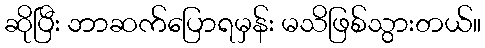
ဆိုပြီး ဘာဆက်ပြောရမှန်း မသိဖြစ်သွားတယ်။